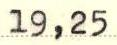
19,25